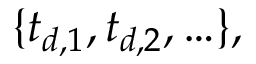
\{ t _ { d , 1 } , t _ { d , 2 } , \ldots \} ,